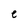
Character: e